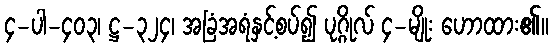
၄-ပါ-၄၀၃၊ ဋ္ဌ-၃၂၄၊ အခြံအရံနှင့်စပ်၍ ပုဂ္ဂိုလ် ၄-မျိုး ဟောထား၏။